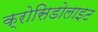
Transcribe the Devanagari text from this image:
क्रोसिडोलाइट